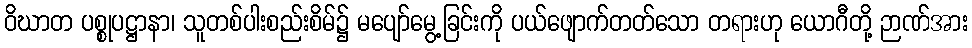
ဝိဃာတ ပစ္စုပဋ္ဌာနာ၊ သူတစ်ပါးစည်းစိမ်၌ မပျော်မွေ့ခြင်းကို ပယ်ဖျောက်တတ်သော တရားဟု ယောဂီတို့ ဉာဏ်အား